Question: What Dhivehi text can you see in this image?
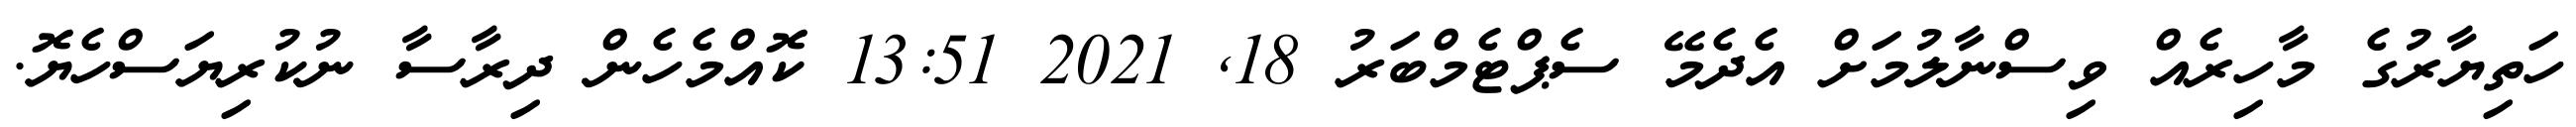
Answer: ހަތިޔާރުގެ މާހިރެއް ވިސްނާލުމަށް އެދެމޭ ސެޕްޓެމްބަރު 18, 2021 13:51 ކޮއްމެހެން ދިރާސާ ނުކުރިޔަސްހެޔޮ.